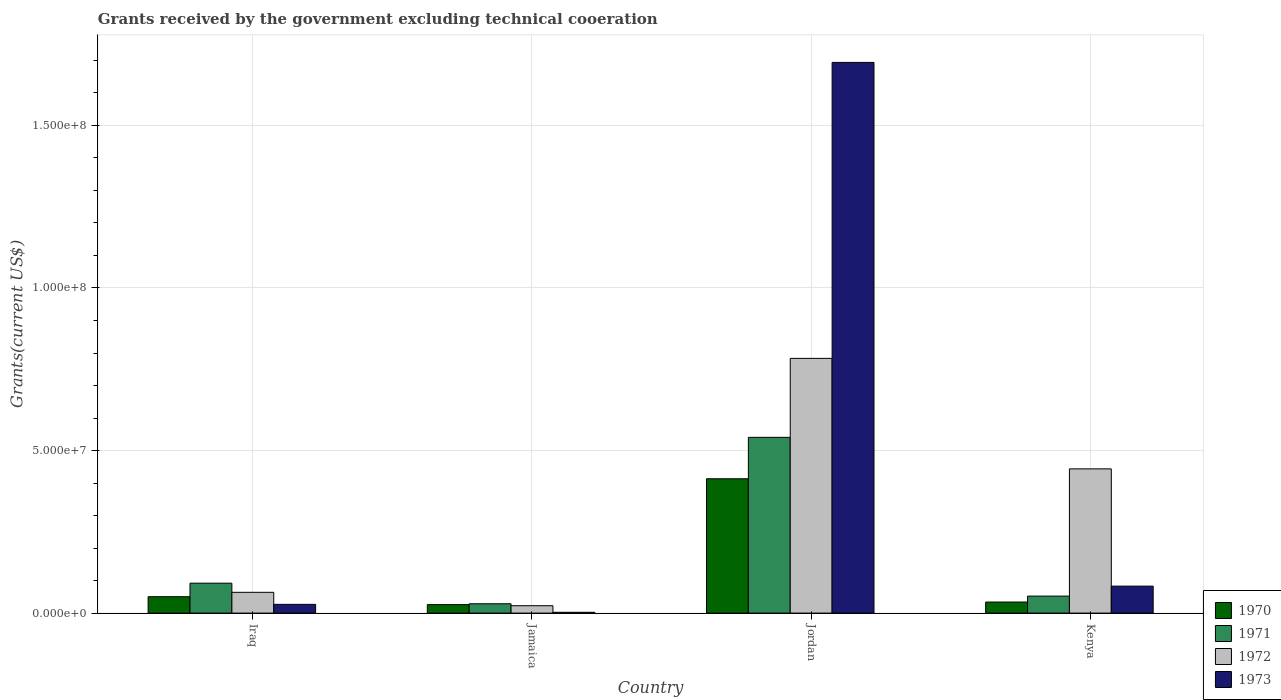
| Country | 1970 | 1971 | 1972 | 1973 |
 | --- | --- | --- | --- | --- |
 | Iraq | 5.04e+06 | 9.2e+06 | 6.39e+06 | 2.69e+06 |
 | Jamaica | 2.61e+06 | 2.87e+06 | 2.27e+06 | 2.5e+05 |
 | Jordan | 4.13e+07 | 5.41e+07 | 7.84e+07 | 1.69e+08 |
 | Kenya | 3.4e+06 | 5.23e+06 | 4.44e+07 | 8.3e+06 |